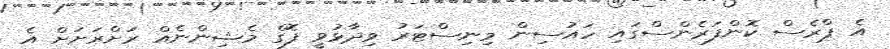
އެ ޕްރެސް ކޮންފަރެންސްގައި ހައުސިން މިނިސްޓަރު ވިދާޅުވީ ފޮގް މެޝިންނެއް ރަށްރަށަށް އެ